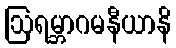
ဩရမ္ဘာဂမနီယာနိ